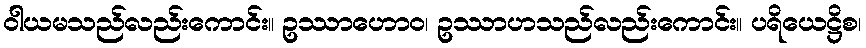
ဝါယမသည်လည်းကောင်း။ ဥဿာဟောဝ၊ ဥဿာဟသည်လည်းကောင်း။ ပရိယေဋ္ဌိစ၊